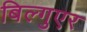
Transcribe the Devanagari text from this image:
बिल्गुएर